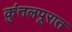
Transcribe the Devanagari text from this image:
कुंतलपूरात